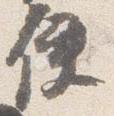
使